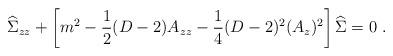
LaTeX: \begin{align*} {\widehat\Sigma}_{zz}+\left[m^2 -{1\over 2}(D-2) A_{zz}-{1\over 4} (D-2)^2 (A_z)^2\right]{\widehat\Sigma}=0~.\end{align*}